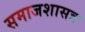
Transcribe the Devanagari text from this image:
समाजशासत्र